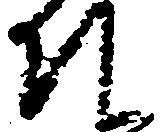
そ